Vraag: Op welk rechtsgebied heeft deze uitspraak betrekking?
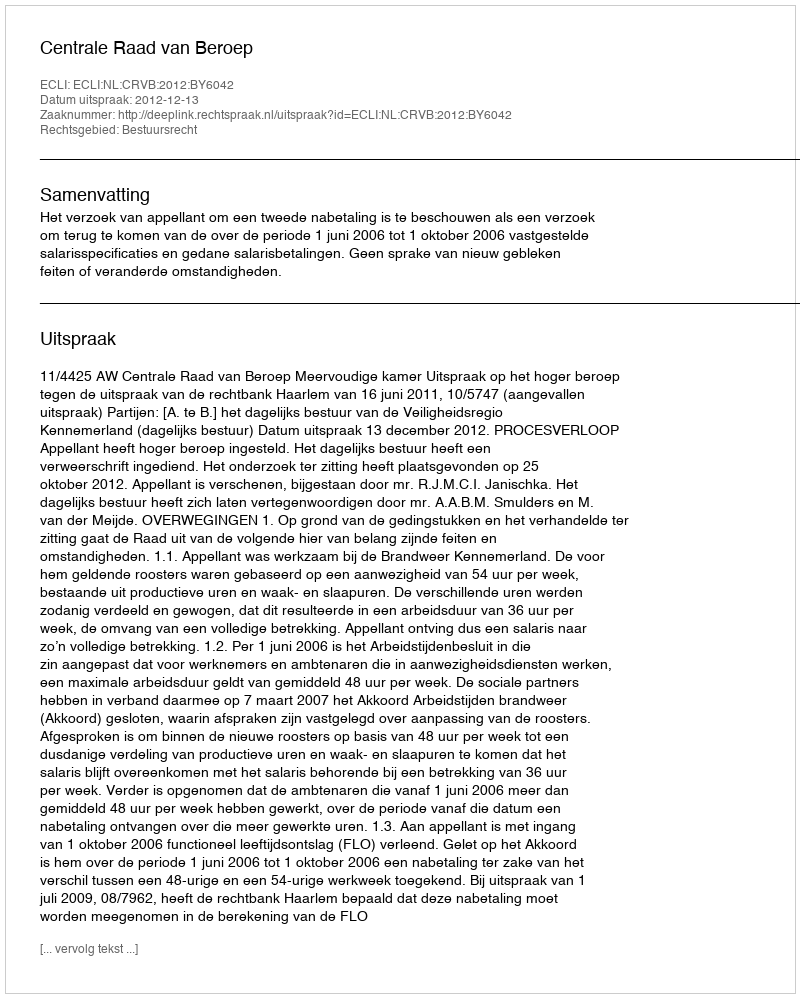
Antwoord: Bestuursrecht